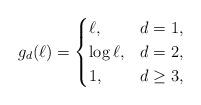
LaTeX: \begin{align*}g_d (\ell) = \begin{cases}\ell, &d=1,\\\log \ell, &d=2,\\1, &d \geq 3,\end{cases}\end{align*}